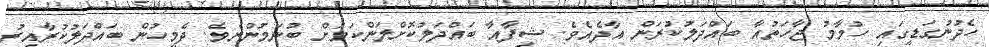
ހެދުނުގަޑީގައި ހުމާމު ޖާހަތުއާ ބައްދަލުކުރަން އާދެއެވެ. ޝިފާއާ ބައްދަލުކޮށްލަންކަމަށް ބުނަމުންނެވެ. ދެމީހުން ބައްދަލުކުރާއިރު